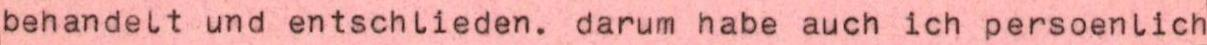
behandelt und entschlieden. darum habe auch ich persoenlich